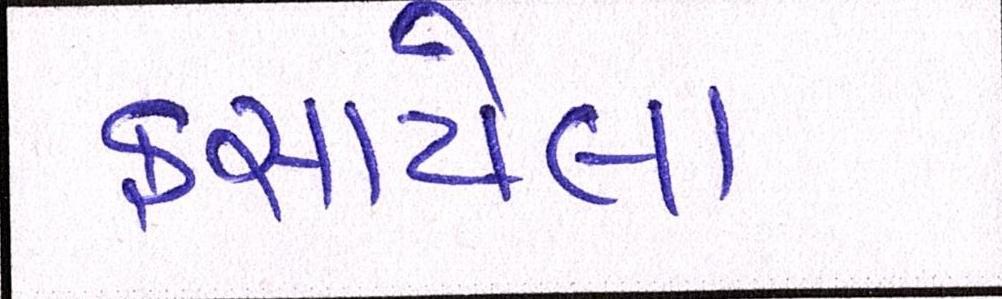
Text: ફસાયેલા